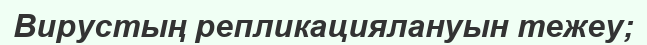
Вирустың репликациялануын тежеу;